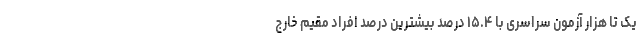
یک تا هزار آزمون سراسری با ۱۵.۴ درصد بیشترین درصد افراد مقیم خارج